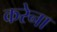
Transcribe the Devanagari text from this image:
करेना